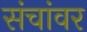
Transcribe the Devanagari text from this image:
संचांवर